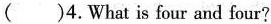
( )4.What is four and four?